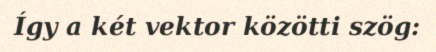
Így a két vektor közötti szög: